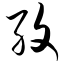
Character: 孜